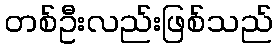
တစ်ဦးလည်းဖြစ်သည်